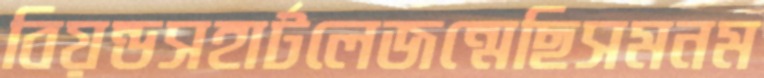
বিয়ন্ডসহার্টলেজন্মেছিসমনম